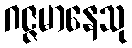
ဂဇ္ဇမာနေသု